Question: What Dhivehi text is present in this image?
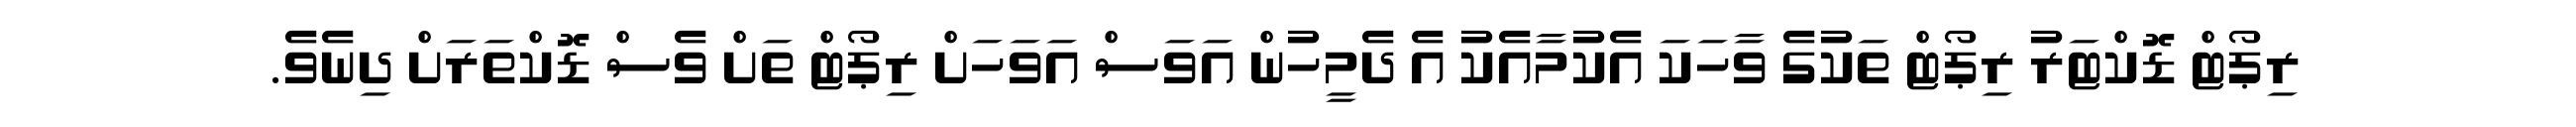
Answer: ރިޕޯޓް ޑޮކްޓަރު ރިޕޯޓް ތަކުގެ ވާހަކަ އެކުމާއެކު އެ ދެމީހުން އަވަސް އަވަހަށް ރިޕޯޓް ތަށް ވެސް ޑޮކްތަރަށް ދިނެވެ.